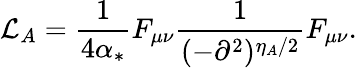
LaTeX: {\cal L}_{A}=\frac{1}{4\alpha_{*}}F_{\mu\nu}\frac{1}{(-\partial^{2})^{\eta_{A}/2}}F_{\mu\nu}.